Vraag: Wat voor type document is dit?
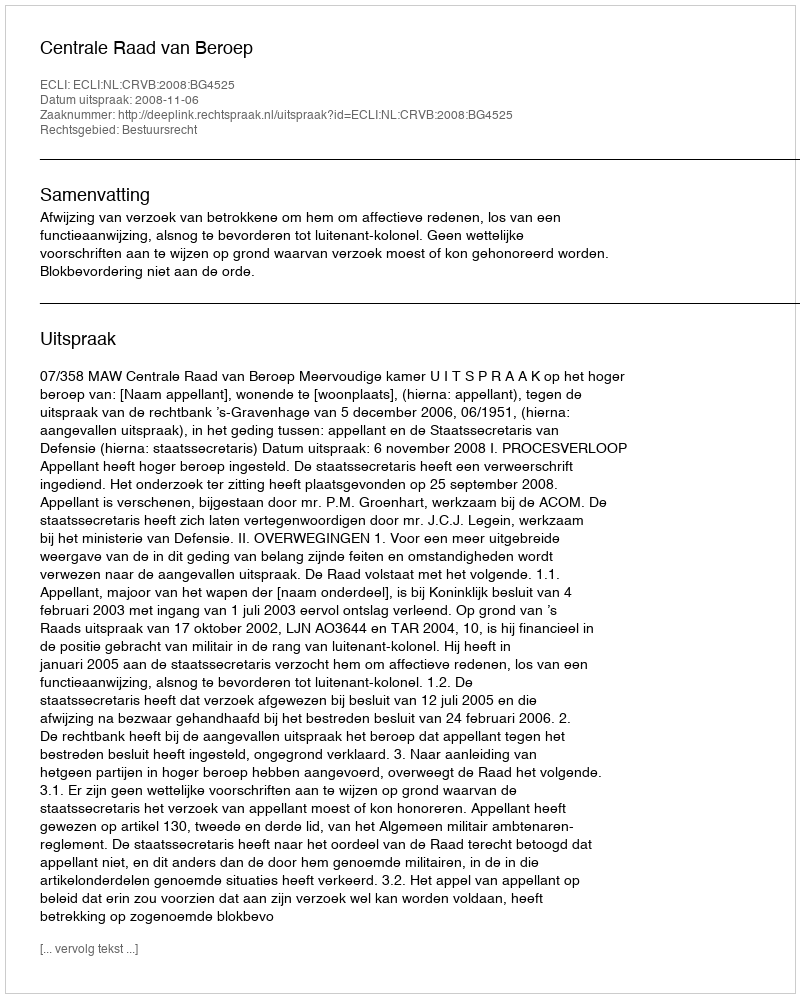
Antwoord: Uitspraak